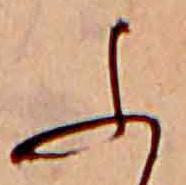
ふ